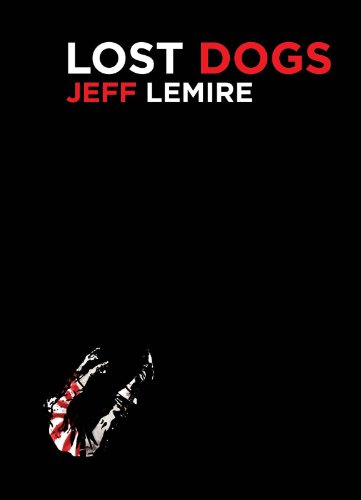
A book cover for Lost Dogs; Jeff Lemire; Literature & Fiction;